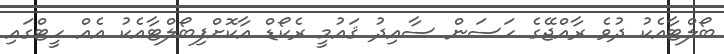
ބޯލްޓާއެކު ދުވެ ރާއްޖޭގެ ހަސަން ސާއިދު ޤައުމީ ރެކޯޑް އާކޮށްފިބޯލްޓާއެކު އެއް ހީޓްގައި